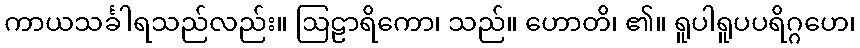
ကာယသင်္ခါရသည်လည်း။ ဩဠာရိကော၊ သည်။ ဟောတိ၊ ၏။ ရူပါရူပပရိဂ္ဂဟေ၊